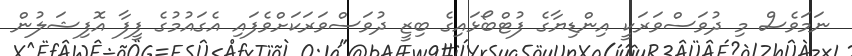
ނަމަވެސް މި ދުވަސްވަރަކީ އިންޑިޔާގެ ފުޓްބޯޅައިގެ ބިޒީ ދުވަސްވަރަކަށްވެފައި އެގައުމުގެ ފީފާ އޮފިޝަލުން